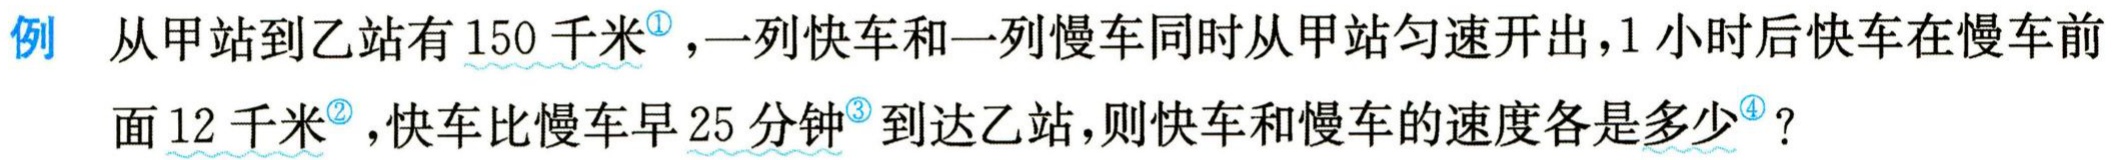
例 从甲站到乙站有 \(150\) 千米<sup>\textcircled{1}</sup>，一列快车和一列慢车同时从甲站匀速开出，\(1\) 小时后快车在慢车前面 \(12\) 千米<sup>\textcircled{2}</sup>，快车比慢车早 \(25\) 分钟<sup>\textcircled{3}</sup> 到达乙站，则快车和慢车的速度各是多少<sup>\textcircled{4}</sup>？